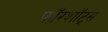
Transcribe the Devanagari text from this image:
फॉरशॉट्स